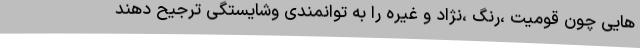
هایی چون قومیت ،رنگ ،نژاد و غیره را به توانمندی وشایستگی ترجیح دهند